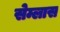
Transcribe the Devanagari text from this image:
सेम्लास